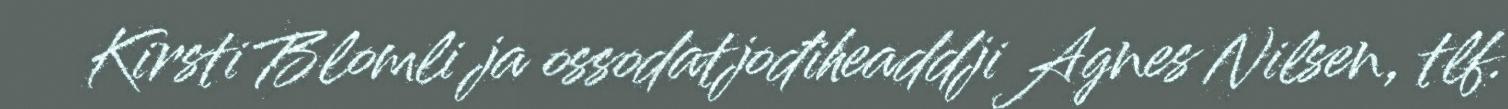
Kirsti Blomli ja ossodatjođiheaddji Agnes Nilsen, tlf.